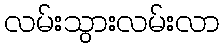
လမ်းသွားလမ်းလာ